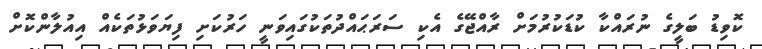
ކޮވިޑު ބަލީގެ ނުރައްކާ ކުޑަކުރުމަށް ރާއްޖޭގެ އެކި ސަރަޙައްދުތަކުގައިވަނީ ހަރުކަށި ފިޔަވަޅުތަކެއް އިއުލާންކޮށް